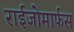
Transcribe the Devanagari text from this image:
राईजोमार्फस